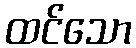
ထင်သော